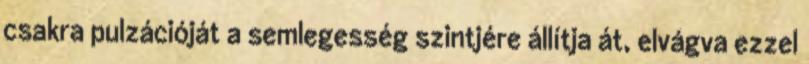
csakra pulzációját a semlegesség szintjére állítja át, elvágva ezzel